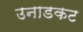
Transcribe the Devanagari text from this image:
उनाडकट